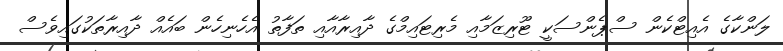
ލަންކާގެ އެއިޓްކެން ސްޕެންސަކީ ޓޫރިޒަމާއި މެރިޓައިމްގެ ދާއިރާއާއި ތަފާތު އެހެނިހެން ބައެއް ދާއިރާތަކުގައިވެސް